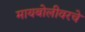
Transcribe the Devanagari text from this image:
मायबोलीवरचे